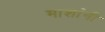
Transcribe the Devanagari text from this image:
माशांनी